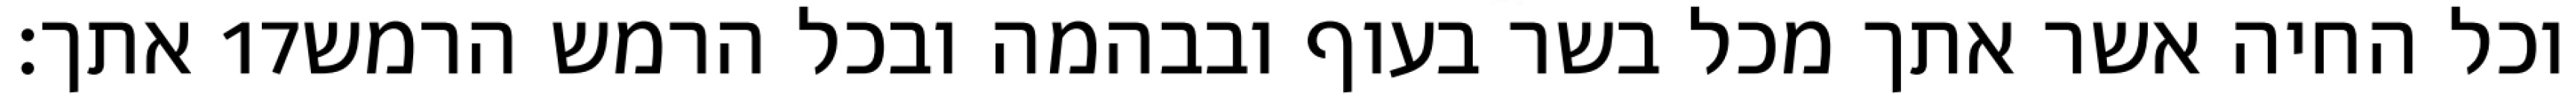
אתך׃ ‎17‏ וכל החיה אשר אתך מכל בשר בעוף ובבהמה ובכל הרמש הרמש